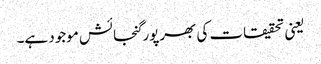
یعنی تحقیقات کی بھرپور گنجائش موجود ہے۔